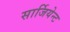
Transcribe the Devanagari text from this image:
सार्जियेन्ट